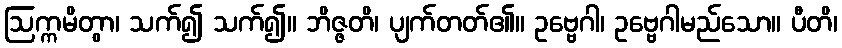
ဩက္ကမိတွာ၊ သက်၍ သက်၍။ ဘိဇ္ဇတိ၊ ပျက်တတ်၏။ ဥဗ္ဗေဂါ၊ ဥဗ္ဗေဂါမည်သော။ ပီတိ၊